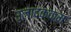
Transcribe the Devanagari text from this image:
उलादक्कम